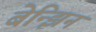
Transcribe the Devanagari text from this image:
बेन्झिन